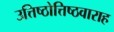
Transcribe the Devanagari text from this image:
उत्तिष्ठोत्तिष्ठवाराह